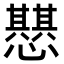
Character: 𢤵